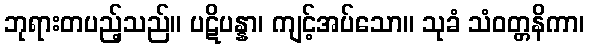
ဘုရားတပည့်သည်။ ပဋိပန္နာ၊ ကျင့်အပ်သော။ သုခံ သံဝတ္တနိကာ၊